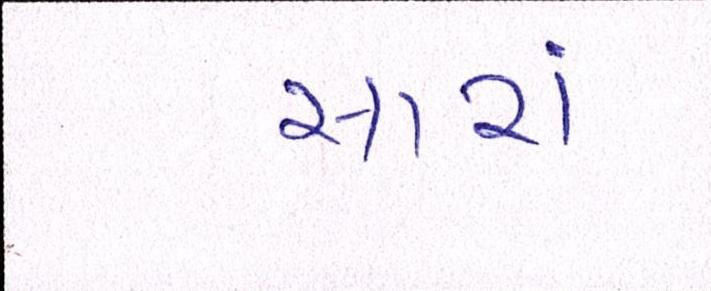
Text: સારાં